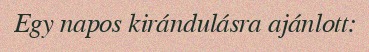
Egy napos kirándulásra ajánlott: